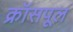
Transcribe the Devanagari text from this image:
क्रॉसपूल